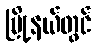
မြို့နယ်တွင်